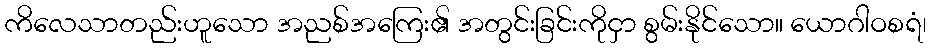
ကိလေသာတည်းဟူသော အညစ်အကြေး၏ အတွင်းခြင်းကိုငှာ စွမ်းနိုင်သော။ ယောဂါဝစရံ၊